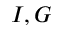
I , G